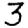
Digit: 3